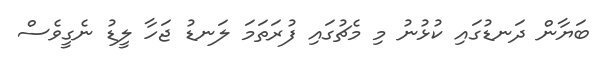
ބަޔާން ދަނޑުގައި ކުޅުނު މި މެޗުގައި ފުރަތަމަ ލަނޑު ޖަހާ ލީޑު ނެގީވެސް